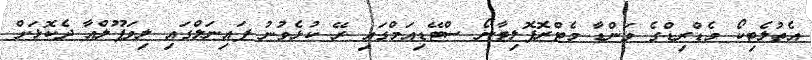
އެތުލެޓިކޯ މެޑްރިޑްގެ ވަންޑާ މެޓްރޮޕޮލިޓާނޯ ސްޓޭޑިއަމްގައި ރޭ ކުޅެވުނު ފައިނަލްގައި ލިވަޕޫލްއާ ދެކޮޅަށް